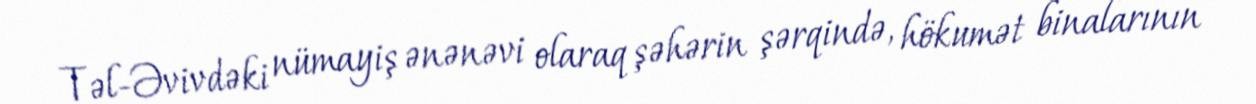
Təl-Əvivdəki nümayiş ənənəvi olaraq şəhərin şərqində, hökumət binalarının